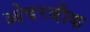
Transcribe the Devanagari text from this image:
ओवरबीक